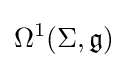
\Omega ^{1}(\Sigma ,{\mathfrak {g}})